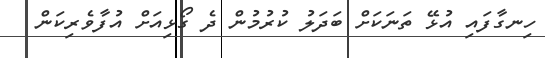
ހިނގާފައި އުޅޭ ތަނަކަށް ބަދަލު ކުރުމުން ދެ ގޯޅިއަށް އުފާވެރިކަން